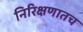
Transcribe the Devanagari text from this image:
निरिक्षणातच